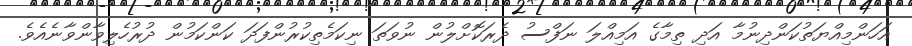
އަހަންމިއްޔަތުކަންދިނުމާ އަދި ތިމާގެ އަމިއްލަ ނަފްސު ދެރަކޮށްލުން ނުވަތަ ނިކަމެތިކުރުންފަދަ ކަންކަމުން ދުރުހެލިވާންވާނެއެވެ.